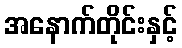
အနောက်တိုင်းနှင့်